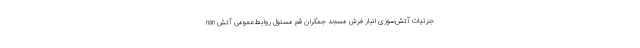
nan جزئیات آتش‌سوزی انبار فرش مسجد جمکران قم مسئول روابط عمومی آتش